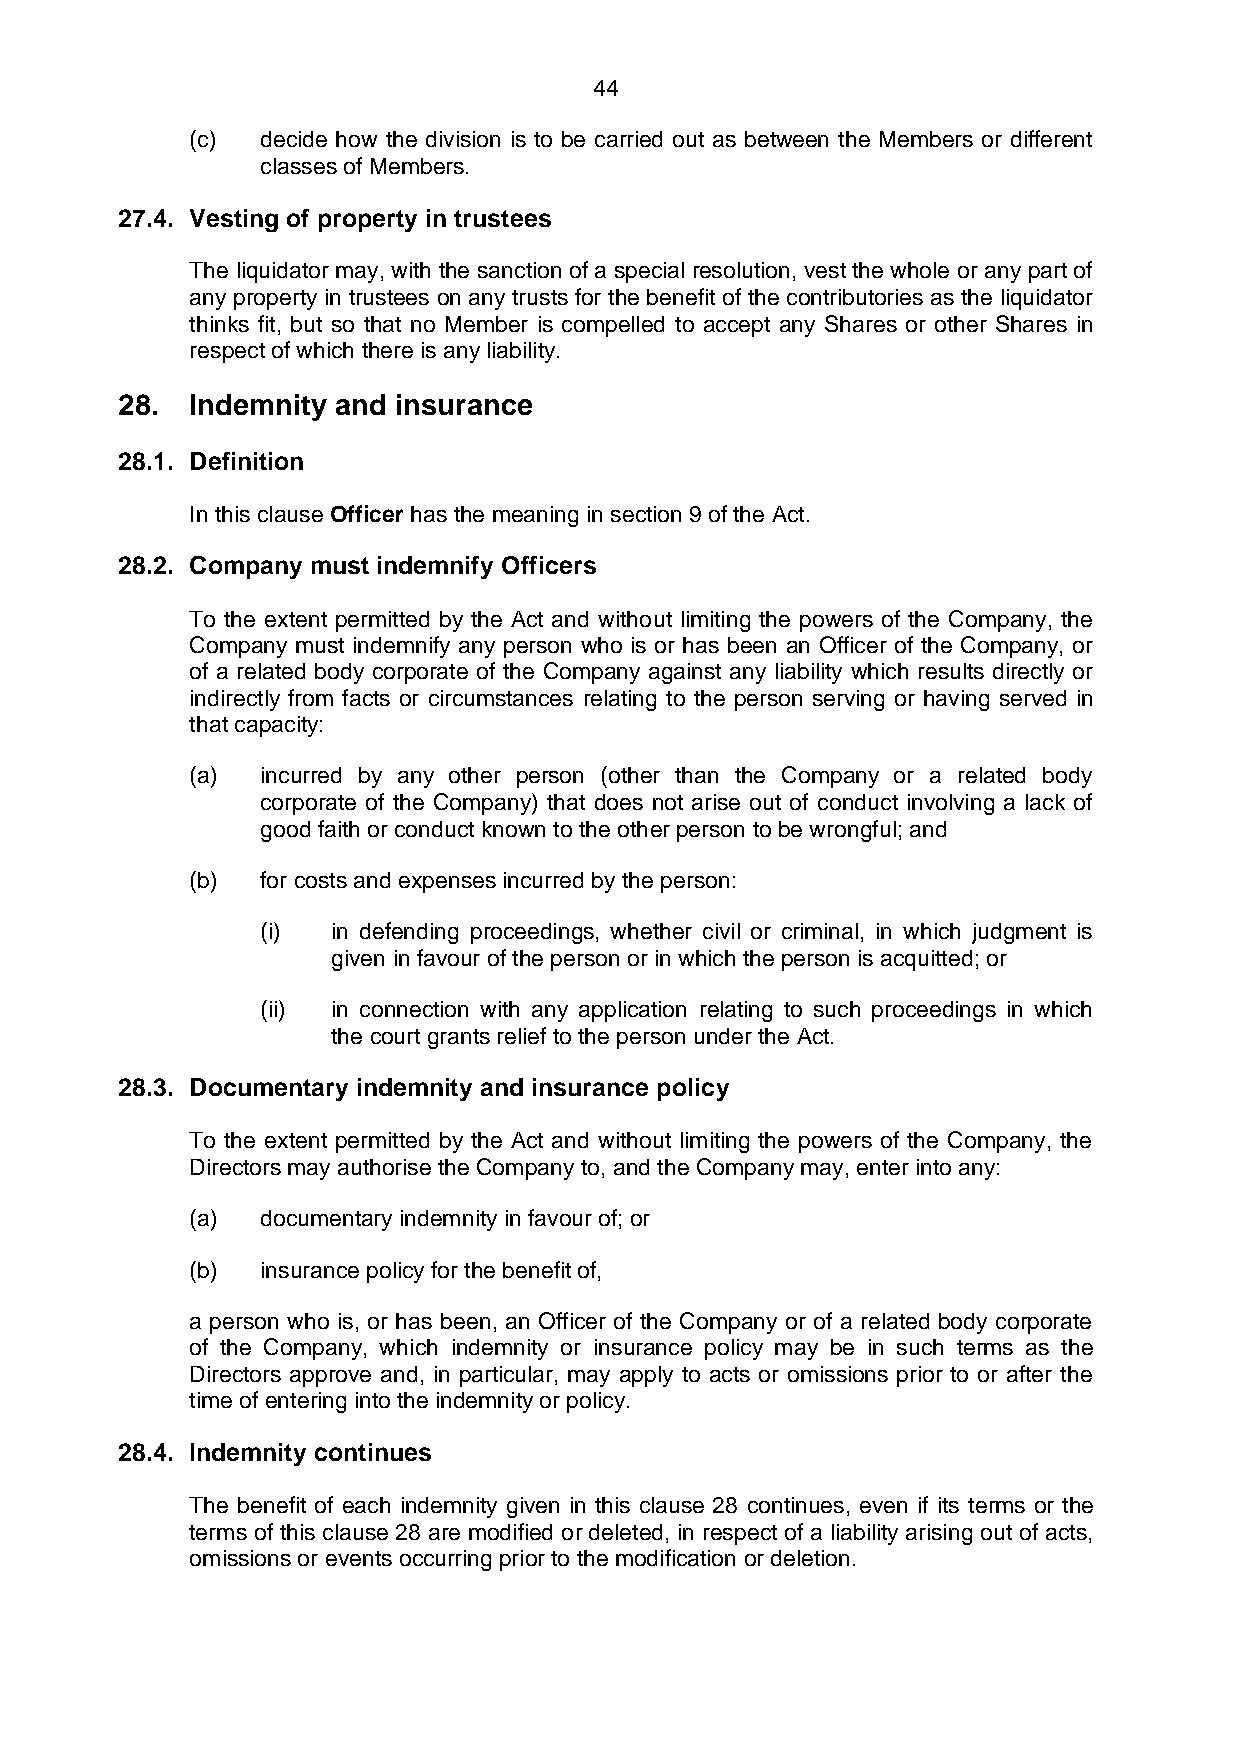
44
 (c) decide how the division is to be carried out as between the Members or different
 classes of Members.
 27.4. Vesting of property in trustees
 The liquidator may, with the sanction of a special resolution, vest the whole or any part of
 any property in trustees on any trusts for the benefit of the contributories as the liquidator
 thinks fit, but so that no Member is compelled to accept any Shares or other Shares in
 respect of which there is any liability.
 28.  Indemnity and insurance
 28.1. Definition
 In this clause Officer has the meaning in section 9 of the Act.
 28.2. Company must indemnify Officers
 To the extent permitted by the Act and without limiting the powers of the Company, the
 Company must indemnify any person who is or has been an Officer of the Company, or
 of a related body corporate of the Company against any liability which results directly or
 indirectly from facts or circumstances relating to the person serving or having served in
 that capacity:
 (a) incurred by any other person (other than the Company or a related body
 corporate of the Company) that does not arise out of conduct involving a lack of
 good faith or conduct known to the other person to be wrongful; and
 (b) for costs and expenses incurred by the person:
 (i)  in defending proceedings, whether civil or criminal, in which judgment is
 given in favour of the person or in which the person is acquitted; or
 (ii) in connection with any application relating to such proceedings in which
 the court grants relief to the person under the Act.
 28.3. Documentary indemnity and insurance policy
 To the extent permitted by the Act and without limiting the powers of the Company, the
 Directors may authorise the Company to, and the Company may, enter into any:
 (a) documentary indemnity in favour of; or
 (b) insurance policy for the benefit of,
 a person who is, or has been, an Officer of the Company or of a related body corporate
 of the Company, which indemnity or insurance policy may be in such terms as the
 Directors approve and, in particular, may apply to acts or omissions prior to or after the
 time of entering into the indemnity or policy.
 28.4. Indemnity continues
 The benefit of each indemnity given in this clause 28 continues, even if its terms or the
 terms of this clause 28 are modified or deleted, in respect of a liability arising out of acts,
 omissions or events occurring prior to the modification or deletion.